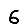
Digit: 6